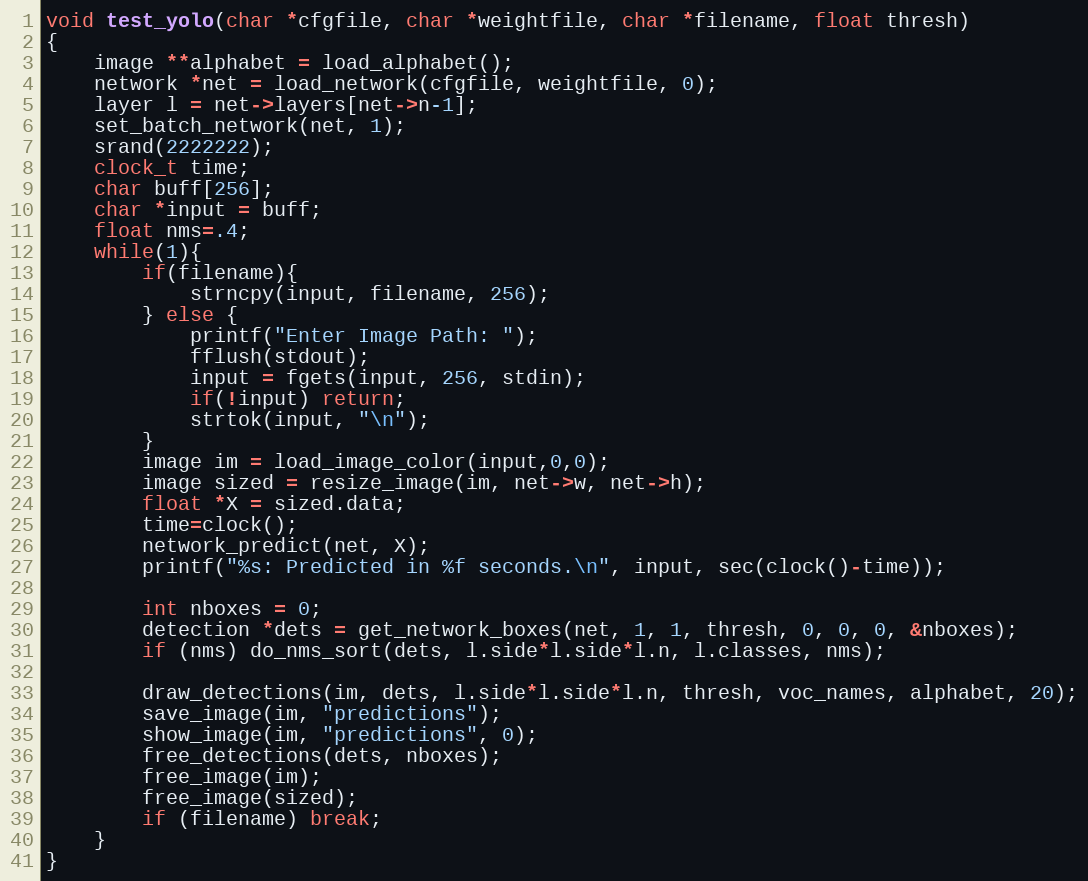
Language: C
void test_yolo(char *cfgfile, char *weightfile, char *filename, float thresh)
{
    image **alphabet = load_alphabet();
    network *net = load_network(cfgfile, weightfile, 0);
    layer l = net->layers[net->n-1];
    set_batch_network(net, 1);
    srand(2222222);
    clock_t time;
    char buff[256];
    char *input = buff;
    float nms=.4;
    while(1){
        if(filename){
            strncpy(input, filename, 256);
        } else {
            printf("Enter Image Path: ");
            fflush(stdout);
            input = fgets(input, 256, stdin);
            if(!input) return;
            strtok(input, "\n");
        }
        image im = load_image_color(input,0,0);
        image sized = resize_image(im, net->w, net->h);
        float *X = sized.data;
        time=clock();
        network_predict(net, X);
        printf("%s: Predicted in %f seconds.\n", input, sec(clock()-time));

        int nboxes = 0;
        detection *dets = get_network_boxes(net, 1, 1, thresh, 0, 0, 0, &nboxes);
        if (nms) do_nms_sort(dets, l.side*l.side*l.n, l.classes, nms);

        draw_detections(im, dets, l.side*l.side*l.n, thresh, voc_names, alphabet, 20);
        save_image(im, "predictions");
        show_image(im, "predictions", 0);
        free_detections(dets, nboxes);
        free_image(im);
        free_image(sized);
        if (filename) break;
    }
}